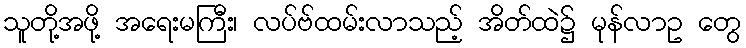
သူတို့အဖို့ အရေးမကြီး၊ လပ်ဗ်ထမ်းလာသည့် အိတ်ထဲ၌ မုန်လာဥ တွေ